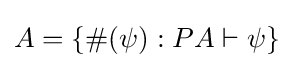
A=\{\#(\psi ):PA\vdash \psi \}